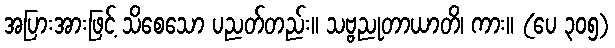
အပြားအားဖြင့် သိစေသော ပညတ်တည်း။ သဗ္ဗညုတာယာတိ၊ ကား။ (ပေ ၃၀၅)